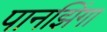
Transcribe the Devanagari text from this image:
पानझिंगा